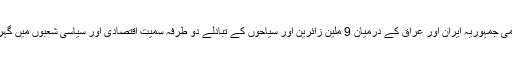
انہوں نے مزید کہا کہ اسلامی جمہوریہ ایران اور عراق کے درمیان 9 ملین زائرین اور سیاحوں کے تبادلے دو طرفہ سمیت اقتصادی اور سیاسی شعبوں میں گہرے تعلقات کی علامت ہے۔